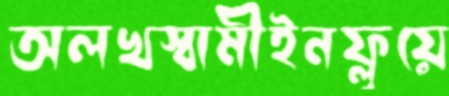
অলখস্বামীইনফ্লুয়ে